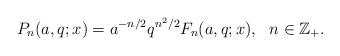
LaTeX: \begin{align*} P_{n}(a,q;x)=a^{-n/2}q^{n^{2}/2}F_{n}(a,q;x),\ \ n\in\mathbb{Z}_{+}. \end{align*}